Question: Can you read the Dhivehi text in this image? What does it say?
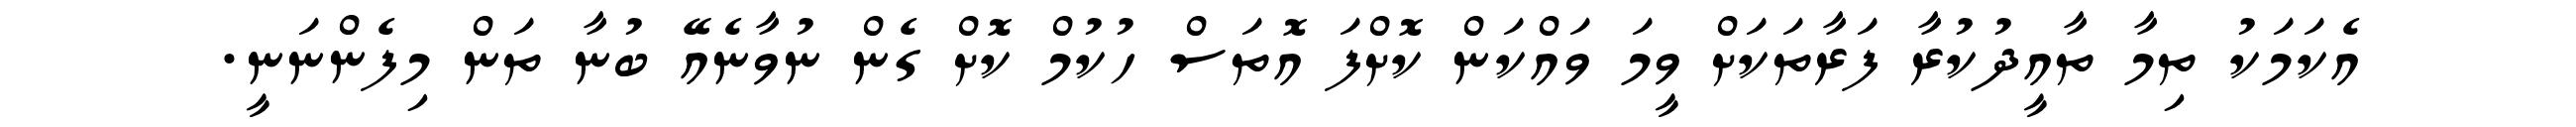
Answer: އެކަމަކު ތިމާ ތާއީދުކުރާ ފަރާތަކަށް ވީމަ ވައްކަން ކޮށްފަ އޮތަސް ހުކުމް ކޮށް ގެން ނުވާނެއޭ ބުނާ ތަން މިފެންނަނީ.